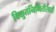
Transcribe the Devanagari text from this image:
विद्युतनिर्मितीसाठी